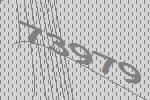
73979